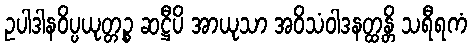
ဥပါဒါနဝိပ္ပယုတ္တဉ္စ ဆဋ္ဌီပိ အာယုသာ အဝိသံဝါဒနတ္ထန္တိ သရီရကံ